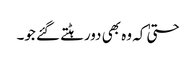
حتیٰ کہ وہ بھی دورہٹتے گئے جو۔